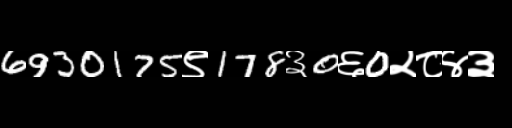
Text: 6930175९178३0६0२८४३